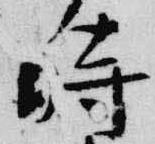
時